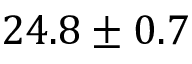
2 4 . 8 \pm 0 . 7